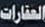
العقارات